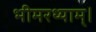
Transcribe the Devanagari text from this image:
भीमरथ्याम्।